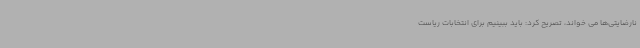
نارضایتی‌ها می خواند، تصریح کرد: باید ببینیم برای انتخابات ریاست